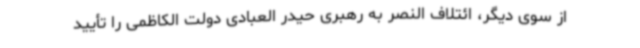
از سوی دیگر، ائتلاف النصر به رهبری حیدر العبادی دولت الکاظمی را تأیید